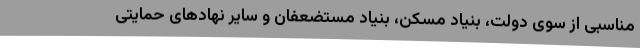
مناسبی از سوی دولت، بنیاد مسکن، بنیاد مستضعفان و سایر نهادهای حمایتی